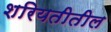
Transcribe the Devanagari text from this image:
शरियतीतील